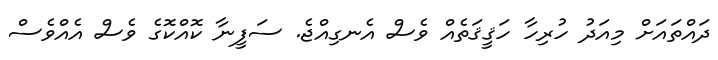
ދައްތައަށް މިއަދު ހުރިހާ ހަޤީޤަތެއް ވެސް އެނގިއްޖެ. ސަފީނާ ކޮއްކޮގެ ވެސް އެއްވެސް